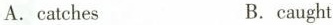
A. catches B. caught